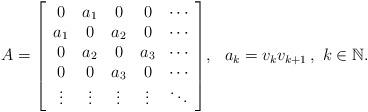
LaTeX: \begin{align*}A=\left[\begin{array}{ccccc}0 & a_{1} & 0 & 0 & \cdots\\a_{1} & 0 & a_{2} & 0 & \cdots\\0 & a_{2} & 0 & a_{3} & \cdots\\0 & 0 & a_{3} & 0 & \cdots\\\vdots & \vdots & \vdots & \vdots & \ddots\end{array}\right]\!,\ \ a_{k}=v_{k}v_{k+1}\,,\ k\in\mathbb{N}.\end{align*}